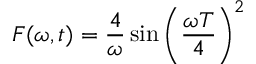
F ( \omega , t ) = \frac { 4 } { \omega } \sin \left( \frac { \omega T } { 4 } \right) ^ { 2 }